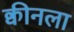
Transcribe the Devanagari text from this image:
क्वीनला